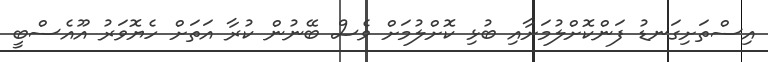
އިސްތަށިގަނޑު ފަންކޮށްލުމަށާއި ބުޅި ކޮށްލުމަށް ވެސް ބޭނުން ކުރާ އަތަށް ހެޔޮވަރު އޫއެސްބީ